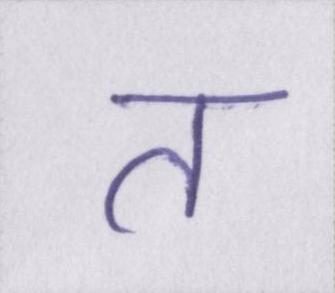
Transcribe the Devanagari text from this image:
त